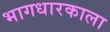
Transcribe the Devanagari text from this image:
भागधारकाला